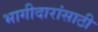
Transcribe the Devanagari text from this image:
भागीदारांसाठी